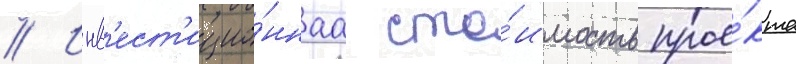
// Инв'ест'ицио́ннаа сто́имость прое́кта